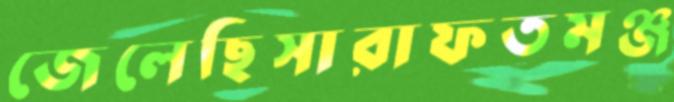
জেলেছিসারাফতমঞ্জ